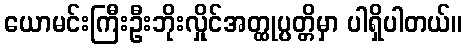
ယောမင်းကြီးဦးဘိုးလှိုင်အတ္ထုပ္ပတ္တိမှာ ပါရှိပါတယ်။